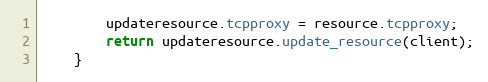
Language: Java
		updateresource.tcpproxy = resource.tcpproxy;
		return updateresource.update_resource(client);
	}